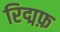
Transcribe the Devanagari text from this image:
रिद्मफ़